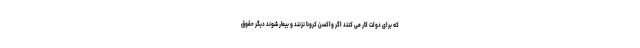
که برای دولت کار می کنند اگر واکسن کرونا نزنند و بیمار شوند دیگر حقوق